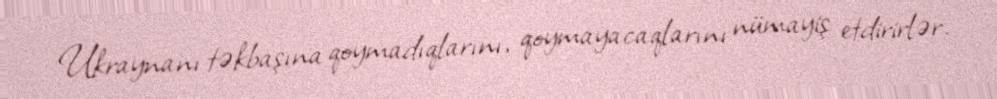
Ukraynanı təkbaşına qoymadıqlarını, qoymayacaqlarını nümayiş etdirirlər.